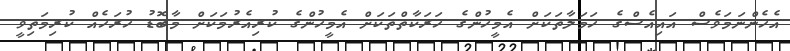
އެހެންނަމަވެސް އައިއެސްގެ ހަމަލާތަކަށް އެމީހުންގެ ހަރަކާތްތަކަށް އެމީހުންގެ ކުރިއެރުމަކަށް މާބޮޑު ހުރަހެއް ކުރިމަތިވީ